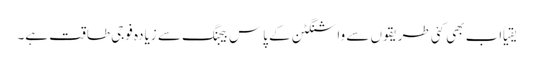
یقیاً اب بھی کئی طریقوں سے واشنگٹن کے پاس بیجنگ سے زیادہ فوجی طاقت ہے۔